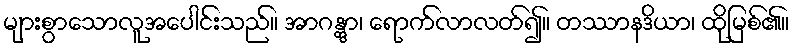
များစွာသောလူအပေါင်းသည်။ အာဂန္တွာ၊ ရောက်လာလတ်၍။ တဿာနဒိယာ၊ ထိုမြစ်၏။